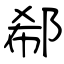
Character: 郗